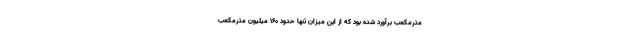
مترمکعب برآورد شده بود که از این میزان تنها حدود ۱۶۰ میلیون مترمکعب